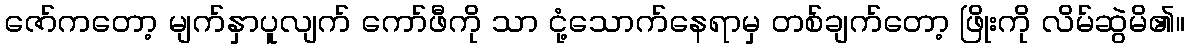
ဇော်ကတော့ မျက်နှာပူလျက် ကော်ဖီကို သာ ငုံ့သောက်နေရာမှ တစ်ချက်တော့ ဖြိုးကို လိမ်ဆွဲမိ၏။